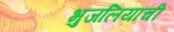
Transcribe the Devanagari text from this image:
भुजलियांची